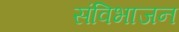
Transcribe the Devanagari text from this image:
संविभाजन